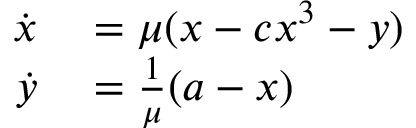
\begin{array} { r l } { \dot { x } } & { { } = \mu ( x - c x ^ { 3 } - y ) } \\ { \dot { y } } & { { } = \frac { 1 } { \mu } ( a - x ) } \end{array}